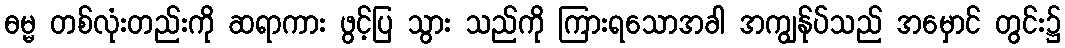
ဓမ္မ တစ်လုံးတည်းကို ဆရာကား ဖွင့်ပြ သွား သည်ကို ကြားရသောအခါ အကျွန်ုပ်သည် အမှောင် တွင်း၌